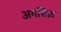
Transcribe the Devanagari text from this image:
अगसिज़